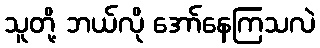
သူတို့ ဘယ်လို အော်နေကြသလဲ